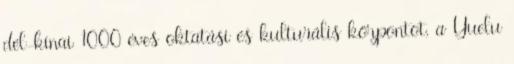
dél-kínai 1000 éves oktatási és kulturális központot, a Yuelu